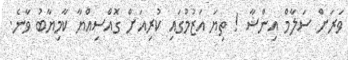
ވަރަށް ސަލާމް އިންޝާ ! ތިޔަ އަޒުމުގައި ކުރިއަށް ގޮއްސިއްޔާ ކާމިޔާބު ވާނެ.